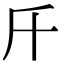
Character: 𣂑